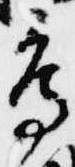
鳥